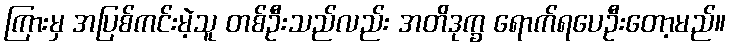
ကြားမှ အပြစ်ကင်းမဲ့သူ တစ်ဦးသည်လည်း အတိဒုက္ခ ရောက်ရပေဦးတော့မည်။